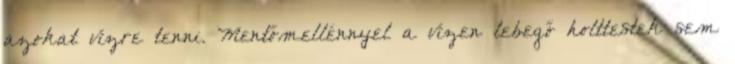
azokat vízre tenni. Mentőmellénnyel a vízen lebegő holttestek sem